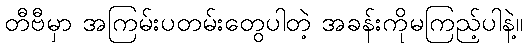
တီဗီမှာ အကြမ်းပတမ်းတွေပါတဲ့ အခန်းကိုမကြည့်ပါနဲ့။